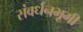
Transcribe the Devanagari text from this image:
संवर्धनभूमी